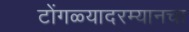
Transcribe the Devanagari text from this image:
टोंगळ्यादरम्यानचा